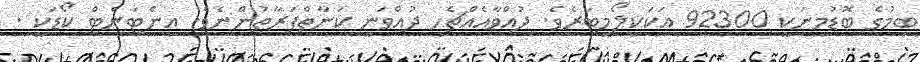
ބިމުގެ ބޮޑުމިނަކީ 92300 އަކަކިލޯމީޓަރެވެ. ދުއްވާއެއްޗެހި ދުއްވަނީ ކަނާތްފަރާތުންނެވެ. އިންޓަނެޓް ކޯޑަކީ .